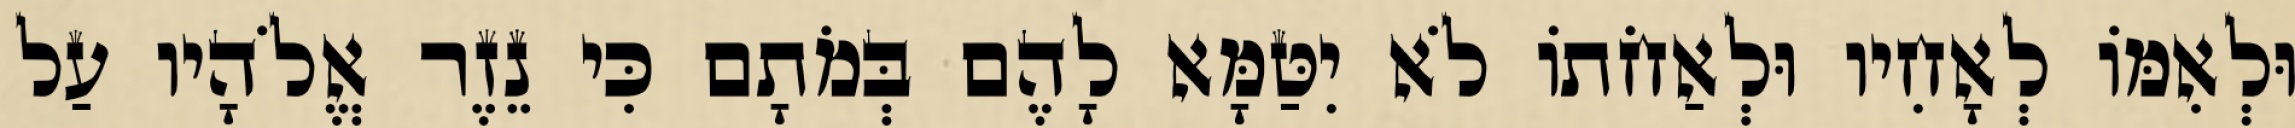
וּלְאִמּוֹ לְאָחִיו וּלְאַחֹתוֹ לֹא יִטַּמָּא לָהֶם בְּמֹתָם כִּי נֵזֶר אֱלֹהָיו עַל